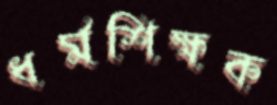
ধর্মশিক্ষক